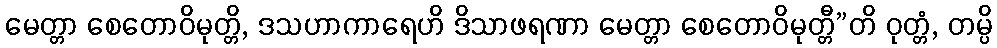
မေတ္တာ စေတောဝိမုတ္တိ, ဒသဟာကာရေဟိ ဒိသာဖရဏာ မေတ္တာ စေတောဝိမုတ္တီ”တိ ဝုတ္တံ, တမ္ပိ